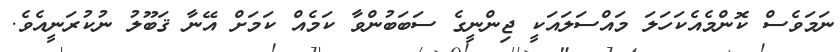
ނަމަވެސް ކޮންމެއެކަހަލަ މައްސަލައަކީ ޖިންނީގެ ސަބަބުންވާ ކަމެއް ކަމަށް އޭނާ ޤަބޫލު ނުކުރަނީއެވެ.